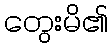
တွေးမိ၏